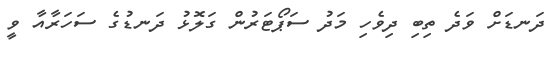
ދަނޑަށް ވަދެ ތިބި ދިވެހި މަދު ސަޕޯޓަރުން ގަލޮޅު ދަނޑުގެ ސަހަރާއާ ވީ